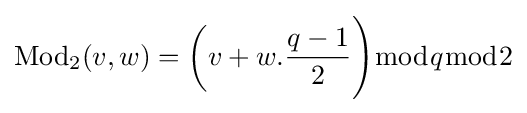
\operatorname {Mod} _{2}(v,w)={\biggl (}v+w.{\frac {q-1}{2}}{\Biggr )}{\bmod {q}}{\bmod {2}}